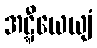
အဋ္ဋီယေယျံ